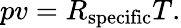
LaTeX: pv=R_{\mathrm{specific}}T.